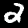
Label: 2